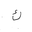
Letter: _kaf